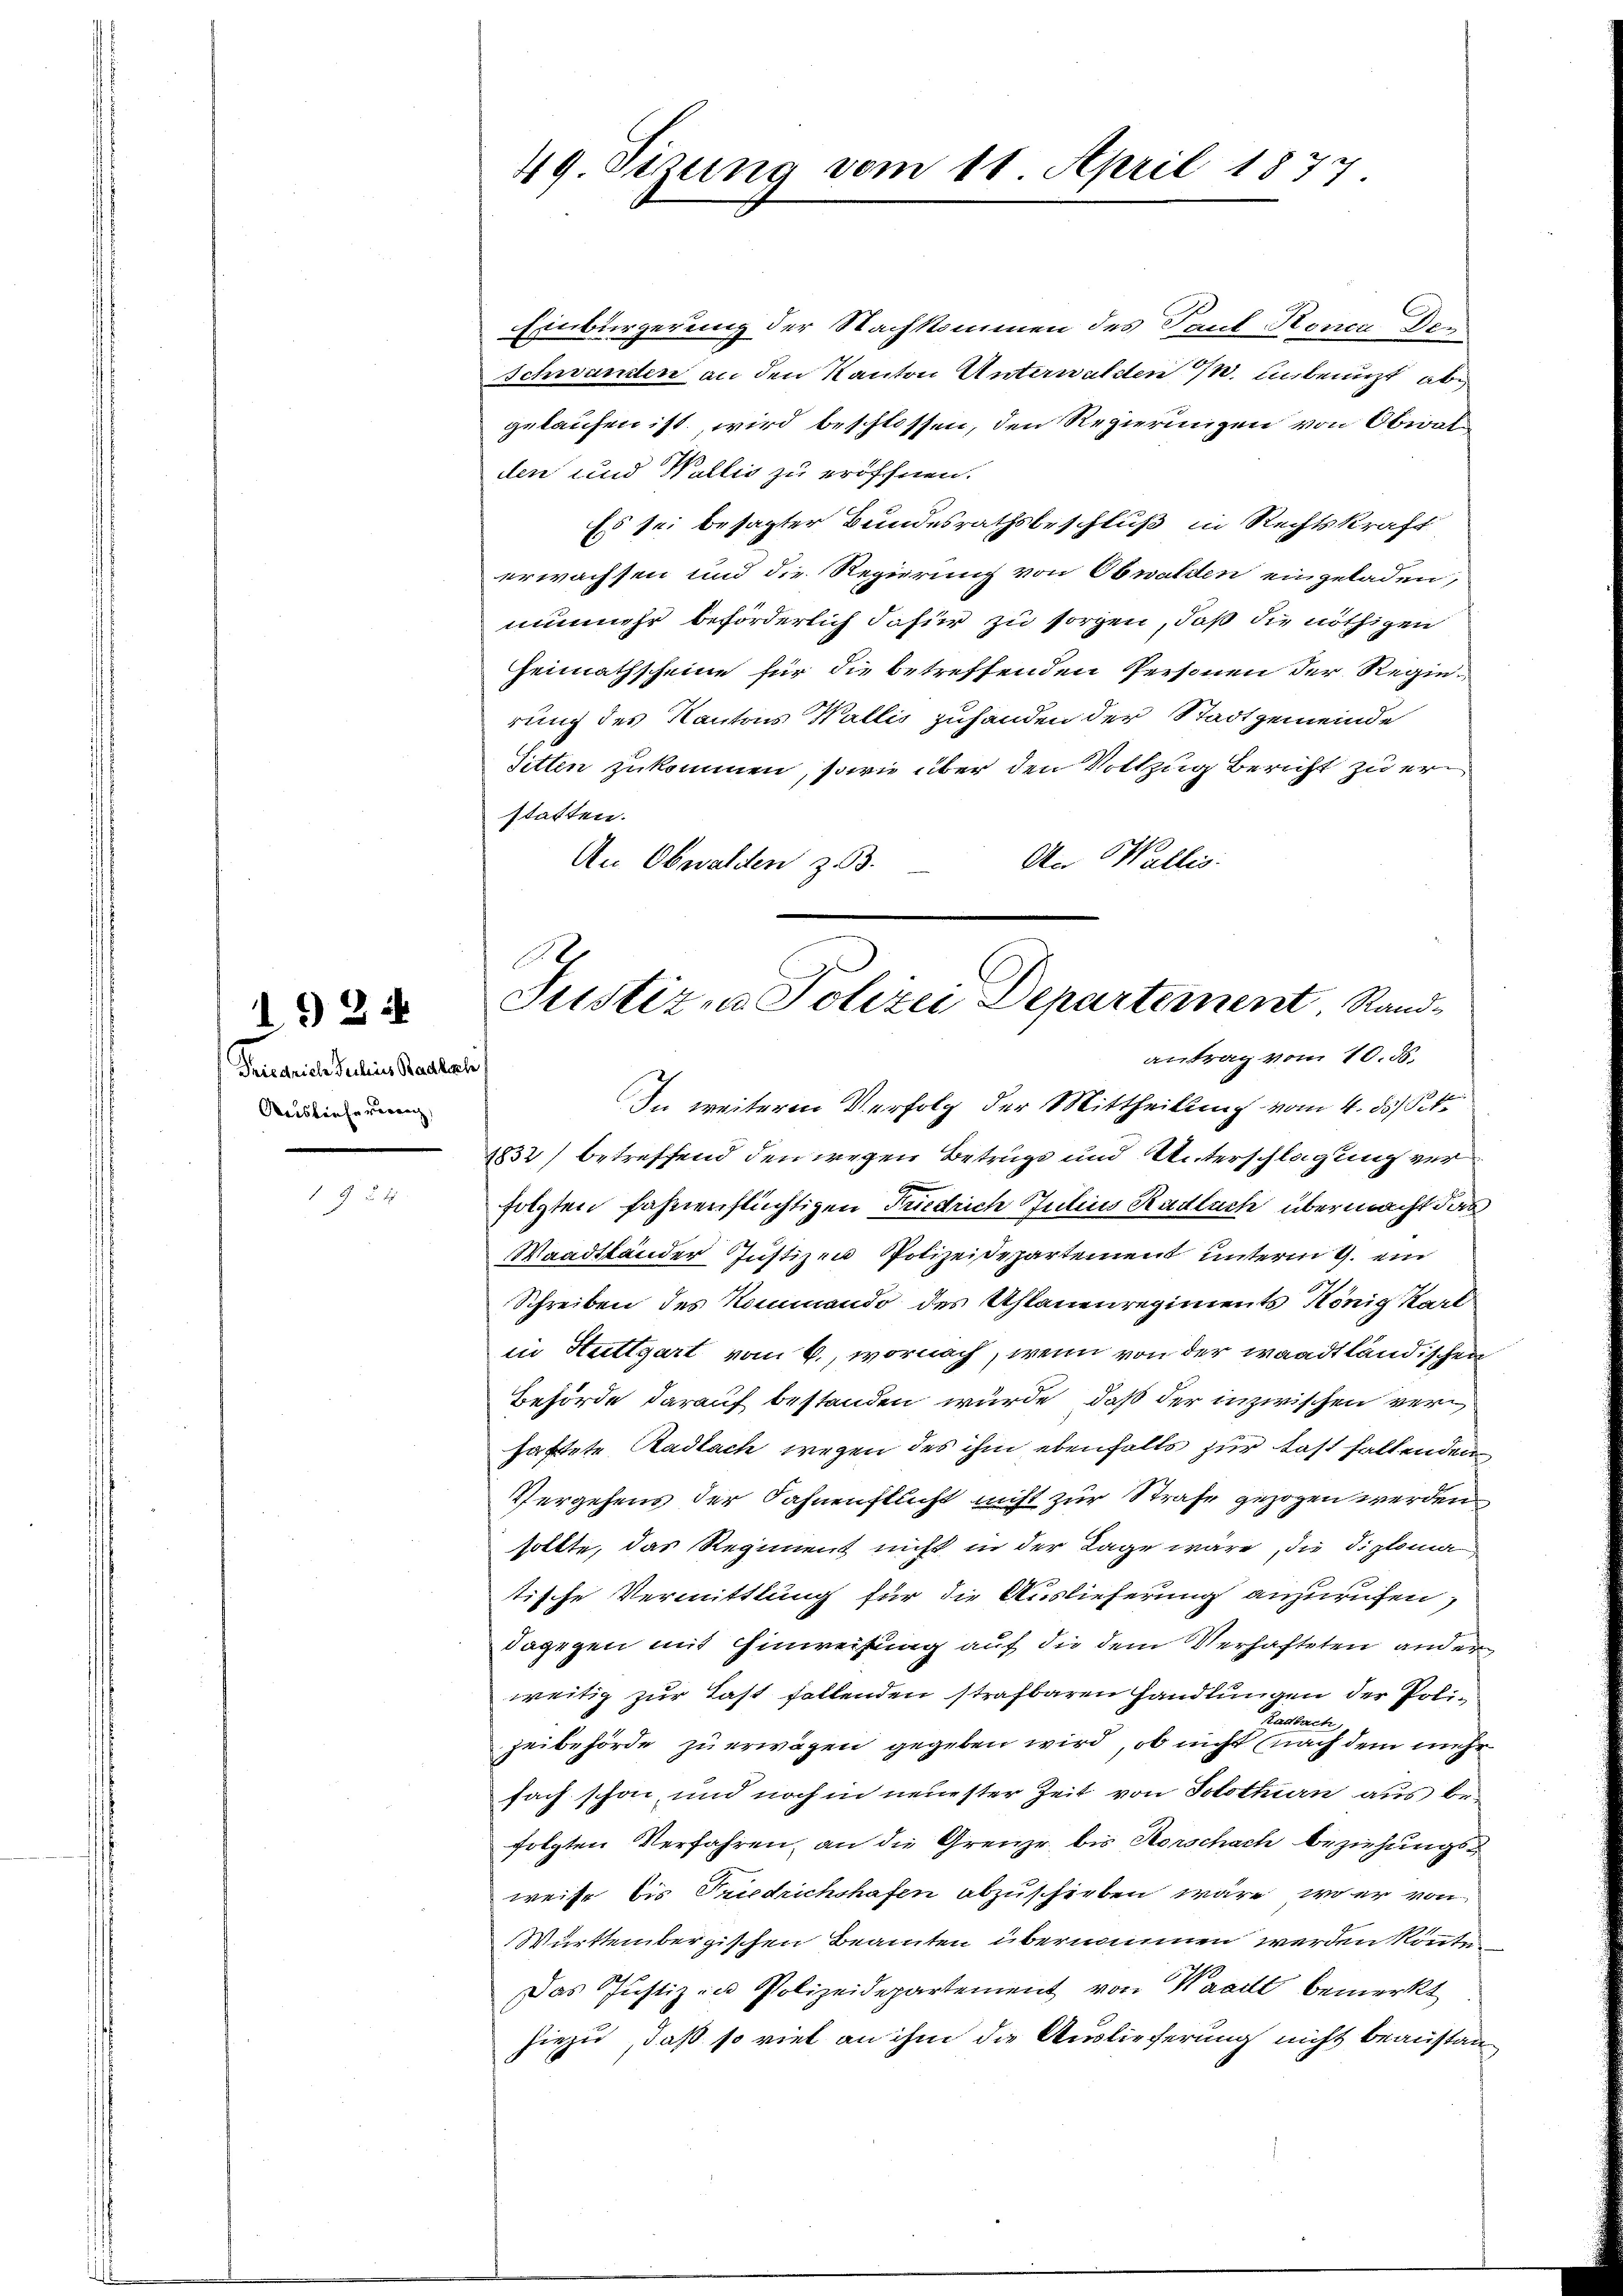
Tiegreiche Julius Badbach
Auslieferiren

1924

§ 54.

49. Sizung vom 11. April 1877

Einbürgerung der Nachkommen des Paul Konca Der
Schwanden an den Kanton Unterwalden 1/4. unbenuzt, abe
gelaufen ist wird beschlossen, den Regierungen von Obwalden und Wallis zu eröffnen.
Es sei besagter Bundesrathsbeschluß in Rechtskraft
erwachsen und die Regierung von Obwalden eingeladen,
nunmehr beförderlich dafür zu sorgen, daß die nöthigen
Heimathscheine für die betreffenden Personen der Regierung des Kantons Wallis zuhanden der Stadtgemeinde
Sitten zukommen, sowie über den Vollzug Bericht zu erstatten.
An Wallis.
An Obwalden z. 3.
In weiteren Verfolg der Mittheilung vom 4. ds St.
1832) betreffend den wegen Betrugs und Unterschlagung verfolgten fahrenflüchtigen Friedrich Julius Radluch übermacht das
Waadtländer Justizen Polizeidepartement unterm 9. ein
Schreiben des Kommando des Uhlanenregiments König Kart
in Stuttgart vom 6., wornach, wenn von der waadtländischen
Behörde darauf bestanden würde, daß der inzwischen verhaftete Radlach wegen des ihm ebenfalls zur Last fallenden
Vergehens der Fahnenflucht nicht zur Strafe gezogen werden
sollte, das Regiment nicht in der Lage wäre, die Diploma
tische Vermittlung für die Auslieferung anzurufen,
dagegen mit Hinweisung auf die dem Verhafteten andere
weitig zur Last fallenden strafbaren Handlungen der Poli¬
Radbach
zeibehörde zu erwägen gegeben wird, ob nicht nach dem mehr
fach schon, und noch in neuester Zeit von Solothurn aus befolgten Verfahren, an die Grenze, bis Horschach beziehungs-
weise bis Friedrichshafen abzuschieben wäre, wo er von
Württembergischen Beamten übernommen werden könnte.
Das Justiz in Polizeidepartement von Waadt bemerkt
hiezu, daß so viel an ihm die Auslieferung nicht beanstan¬

Justizen Polizei Departement Rand-
antrag vom 10. ds.